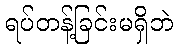
ရပ်တန့်ခြင်းမရှိဘဲ